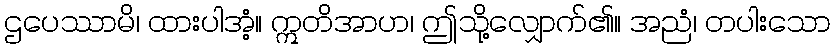
ဌပေဿာမိ၊ ထားပါအံ့။ ဣတိအာဟ၊ ဤသို့လျှောက်၏။ အညံ၊ တပါးသော